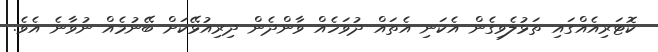
ކޮޓަރިއެއްގައި ތަޅުލެވިގެން އެކަނި އެތައް ދުވަހެއް ވާންދެން ދިރިއުޅޭކަށް ބޭނުމެއް ނުވާނެ އެވެ.